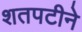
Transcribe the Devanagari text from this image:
शतपटीने